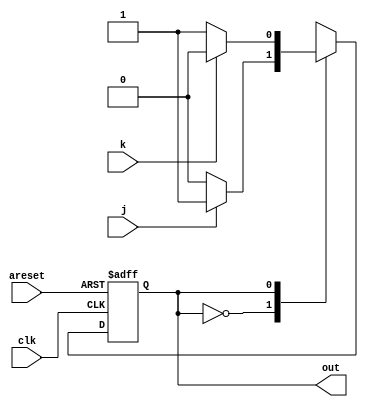
// This program was cloned from: https://github.com/Yvan-xy/verilog-doc
// License: GNU General Public License v2.0

module top_module(
    input clk,
    input areset,    // Asynchronous reset to OFF
    input j,
    input k,
    output out); //  

    parameter OFF=0, ON=1; 
    reg state, next_state;

    always @(*) begin
        // State transition logic
        case (state)
            OFF: next_state <= j ? ON : OFF;
            ON: next_state <= k ? OFF : ON;
        endcase
    end

    always @(posedge clk, posedge areset) begin
        // State flip-flops with asynchronous reset
        if(areset) begin
            state <= OFF;
        end else begin
            state <= next_state;
        end
    end

    assign out = (state == ON);
endmodule